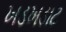
ખડખડાટ